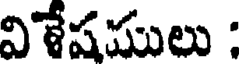
విేషములు :